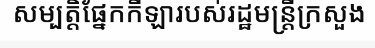
សម្បត្តិផ្នែកកីឡារបស់រដ្ឋមន្ត្រីក្រសួង